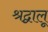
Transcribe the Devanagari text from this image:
श्रद्वालू